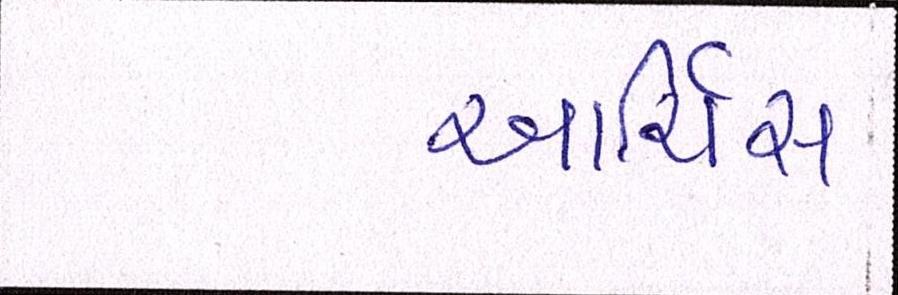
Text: આર્ચિસ